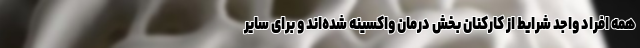
همه افراد واجد شرایط از کارکنان بخش درمان واکسینه شده‌اند و برای سایر